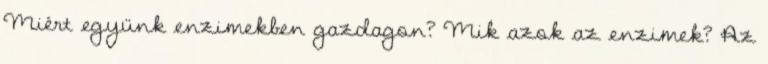
Miért együnk enzimekben gazdagon? Mik azok az enzimek? Az